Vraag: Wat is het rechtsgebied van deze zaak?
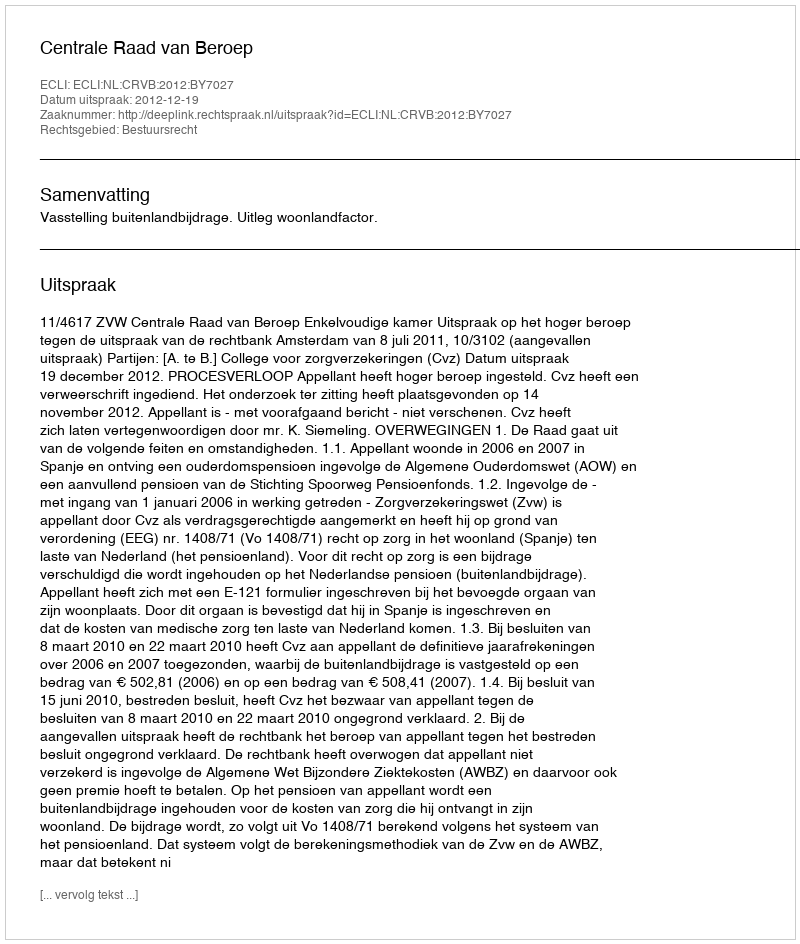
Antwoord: Bestuursrecht